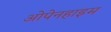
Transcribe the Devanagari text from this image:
ओपेनहाइम